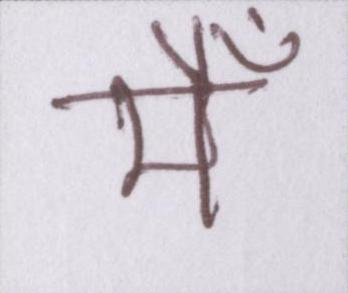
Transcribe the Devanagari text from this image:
मैँ